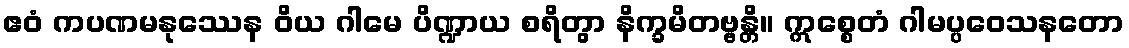
ဧဝံ ကပဏမနုဿေန ဝိယ ဂါမေ ပိဏ္ဍာယ စရိတွာ နိက္ခမိတဗ္ဗန္တိ။ ဣစ္စေတံ ဂါမပ္ပဝေသနတော